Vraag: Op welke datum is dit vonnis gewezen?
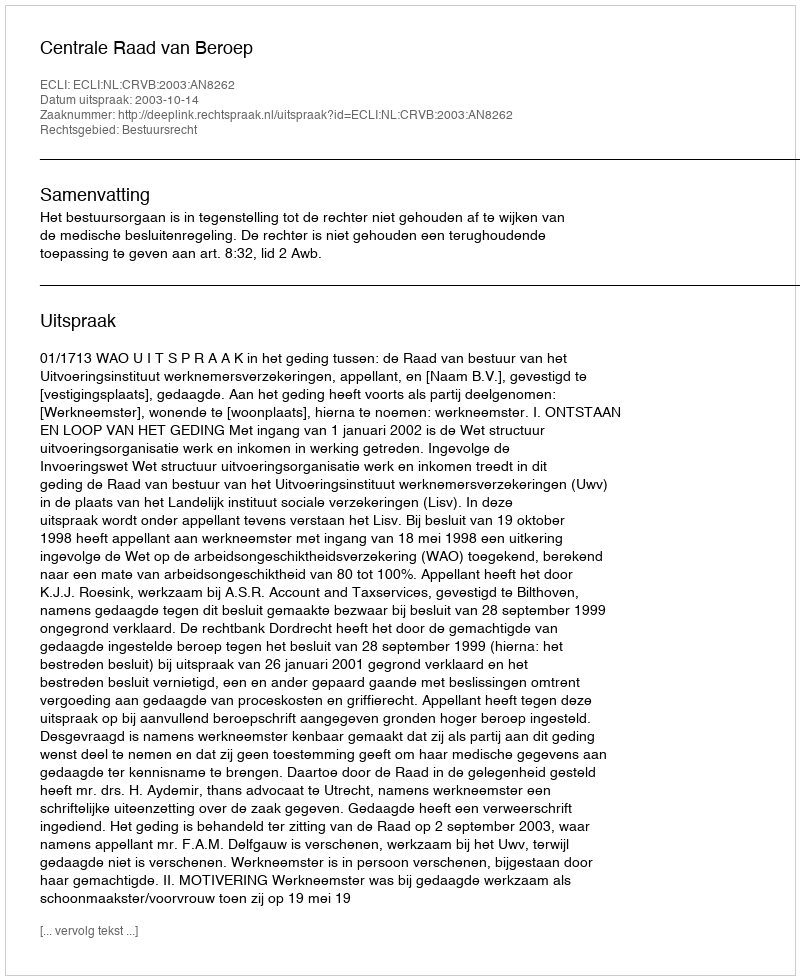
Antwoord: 2003-10-14